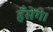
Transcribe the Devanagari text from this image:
हँसेंगे।